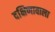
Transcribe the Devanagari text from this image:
दक्षिणावाला